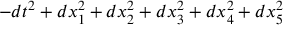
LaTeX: - d t ^ { 2 } + d x _ { 1 } ^ { 2 } + d x _ { 2 } ^ { 2 } + d x _ { 3 } ^ { 2 } + d x _ { 4 } ^ { 2 } + d x _ { 5 } ^ { 2 }